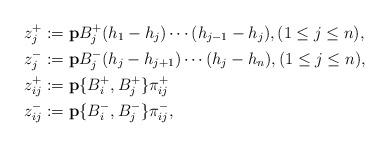
LaTeX: \begin{align*}z_j^+&:= \mathbf{p}B_j^+(h_1-h_j)\cdots(h_{j-1}-h_j),(1\leq j\leq n),\\z_j^-&:= \mathbf{p}B_j^-(h_j-h_{j+1})\cdots(h_j-h_n),(1\leq j\leq n),\\z_{ij}^+&:= \mathbf{p}\{B_i^+,B_j^+\}\pi_{ij}^+\\z_{ij}^-&:= \mathbf{p}\{B_i^-,B_j^-\}\pi_{ij}^-,\end{align*}